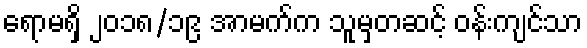
ရောမရှိ ၂၀၁၈/၁၉ အာမက်က သူမှတဆင့် ဝန်းကျင်သာ